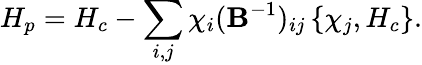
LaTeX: H_{p}=H_{c}-\sum_{i,j}\chi_{i}(\mathbf{B}^{-1})_{ij}\left\{ \chi_{j},H_{c}\right\} .